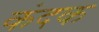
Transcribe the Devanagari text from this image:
कंदक